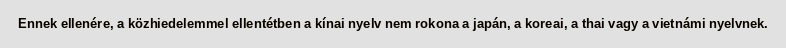
Ennek ellenére, a közhiedelemmel ellentétben a kínai nyelv nem rokona a japán, a koreai, a thai vagy a vietnámi nyelvnek.